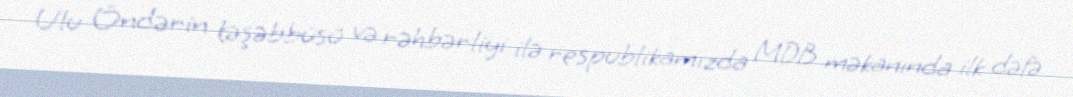
Ulu Öndərin təşəbbüsü və rəhbərliyi ilə respublikamızda MDB məkanında ilk dəfə